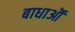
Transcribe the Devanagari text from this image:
बाधाऒं